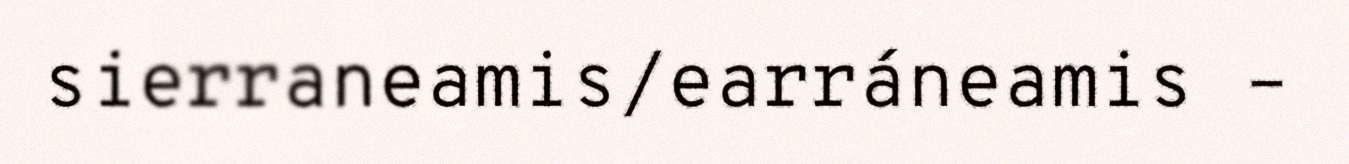
sierraneamis/earráneamis –